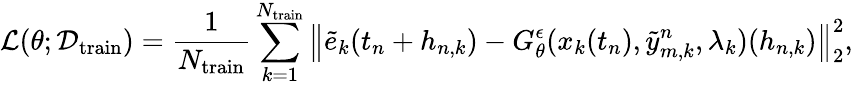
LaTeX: \mathcal{L}(\theta;\mathcal{D}_{\mathrm{train}})=\frac{1}{N_{\mathrm{train}}}\sum_{k=1}^{N_{\mathrm{train}}}\left\| \tilde{e}_{k}(t_{n}+h_{n,k})-G_{\theta}^{\epsilon}(x_{k}(t_{n}),\tilde{y}_{m,k}^{n},\lambda_{k})(h_{n,k})\right\| _{2}^{2},